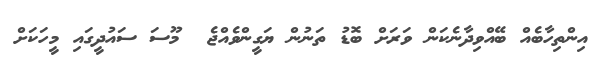
އިންތިހާބެއް ބޭއްވިދާނެކަން ވަރަށް ބޮޑު ތަނުން ޔަގީންވެއްޖެ  މޫސަ ސައުދީގައި މީހަކަށް